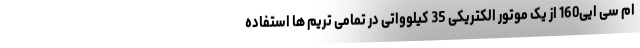
ام سی ایی160 از یک موتور الکتریکی 35 کیلوواتی در تمامی تریم ها استفاده